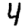
Digit: 4